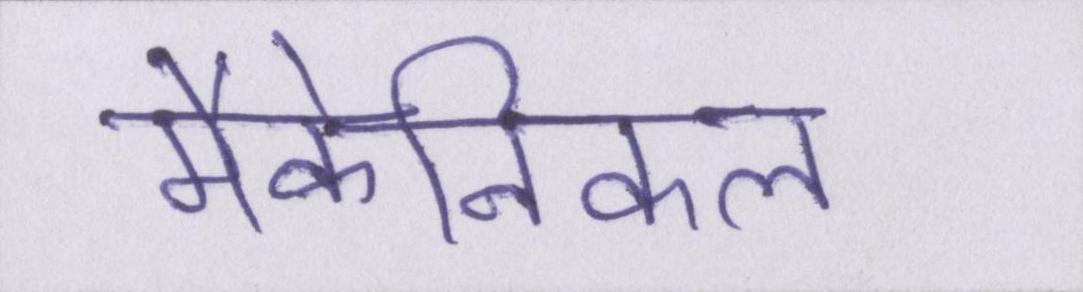
मैकेनिकल